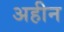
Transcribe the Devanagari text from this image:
अहीन